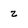
Character: z